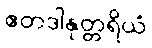
ဧတဒါနုတ္တရိယံ